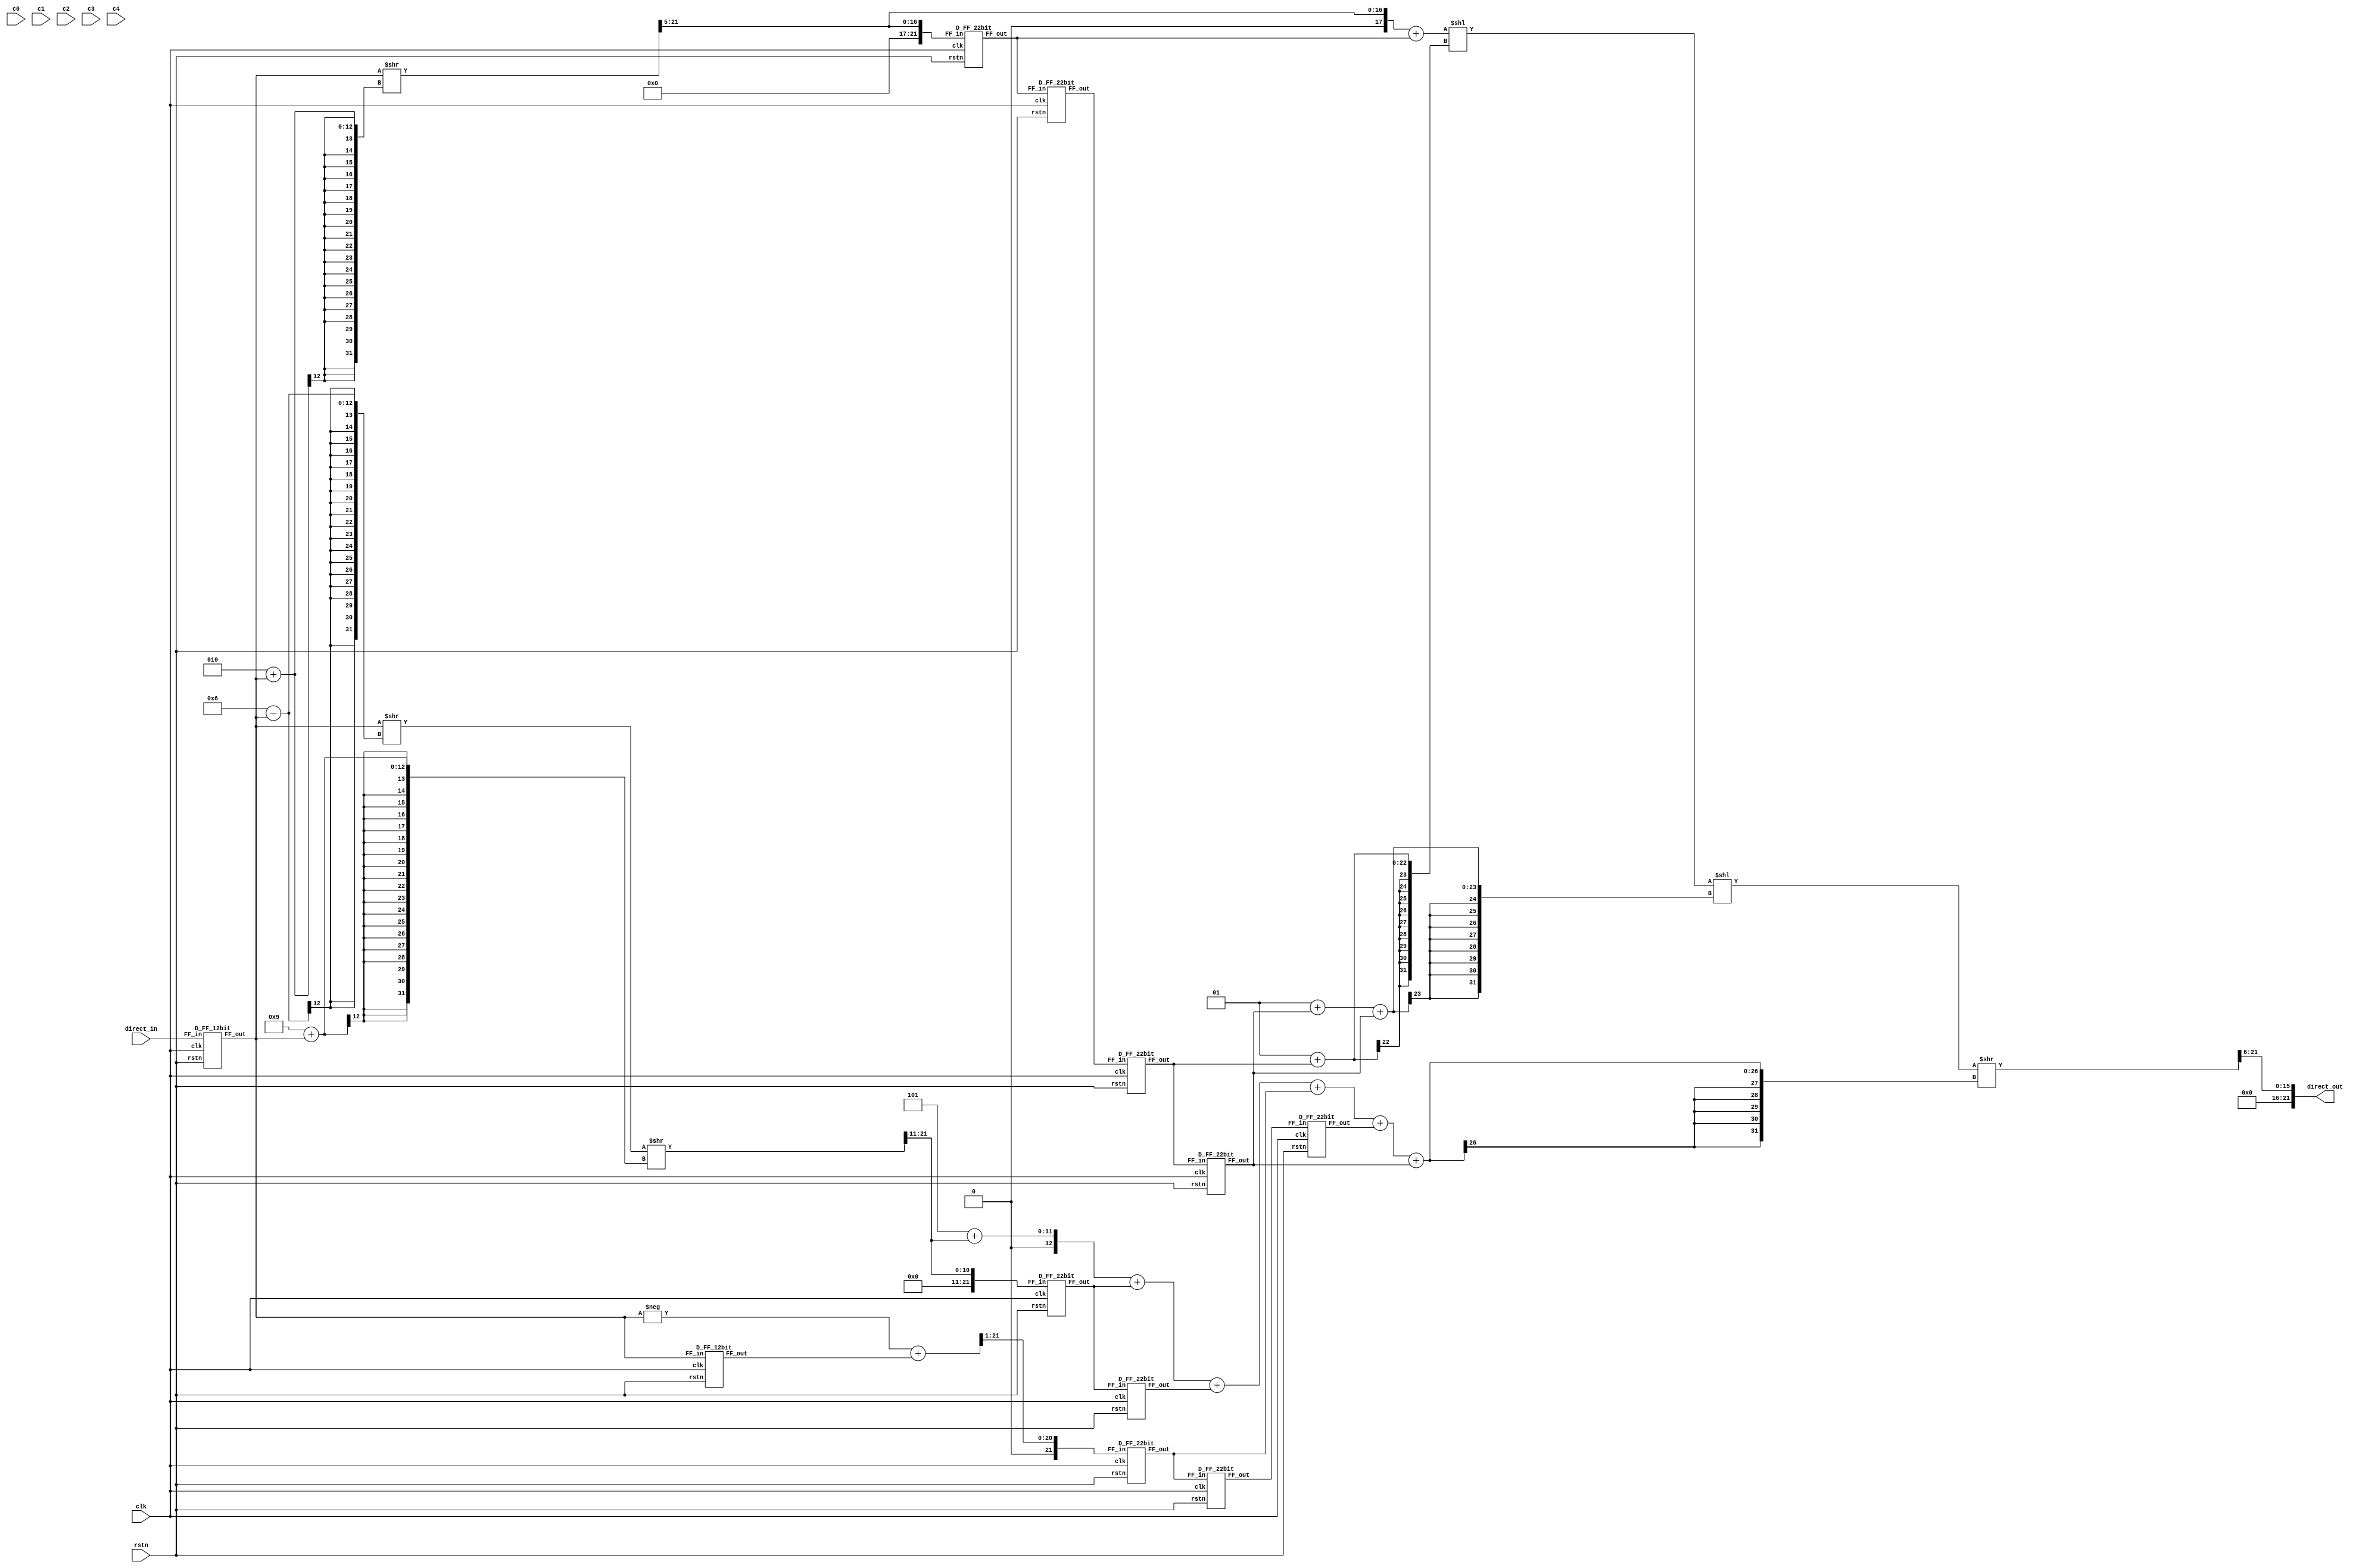
// Sub-expression Sharing in FIR Filter

module direct_filt(direct_out, direct_in, clk, rstn, c0, c1, c2, c3, c4);

    // 22.18
    output signed[22-1:0] direct_out;
    // 12.10
    input signed [12-1:0] direct_in;
    input clk, rstn;
    // 12.11
    input signed[12-1:0] c0, c1, c2, c3, c4;

    wire signed [12-1:0] x_n_1, x_n_2, x_n_3, x_n_4;
    wire signed [22-1:0] x1, x2, x3, x4;

    wire signed [22-1:0] x1_1, x1_2, x1_3, x1_4;
    wire signed [22-1:0] x2_1, x2_2, x2_3, x2_4;
    wire signed [22-1:0] x3_1, x3_2, x3_3, x3_4;

    D_FF_12bit FF01(x_n_1, direct_in, clk, rstn);
    D_FF_12bit FF02(x_n_2, x_n_1, clk, rstn);
    D_FF_12bit FF03(x_n_3, x_n_2, clk, rstn);

    assign x1 = x_n_1 >> 2 + x_n_1 >> 5;
    assign x2 = x_n_1 >> 6 - x_n_1 >> 9 + x_n_1 >> 11;
    assign x3 = -x_n_1 + x_n_2 >> 1;

    D_FF_22bit FF011(x1_1, x1, clk, rstn);
    D_FF_22bit FF012(x1_2, x1_1, clk, rstn);
    D_FF_22bit FF013(x1_3, x1_2, clk, rstn);
    D_FF_22bit FF014(x1_4, x1_3, clk, rstn);

    D_FF_22bit FF021(x2_1, x2, clk, rstn);
    D_FF_22bit FF022(x2_2, x2_1, clk, rstn);

    D_FF_22bit FF031(x3_1, x3, clk, rstn);
    D_FF_22bit FF032(x3_2, x3_1, clk, rstn);
    D_FF_22bit FF033(x3_3, x3_2, clk, rstn);

    assign direct_out = x1 + x1_1 << 1 + x1_3 << 1 + x1_4 + x1_4 >> 5 +
                    x2 + x2_1 + x2_2 + x3_1 + x3_3 + x1_4 >> 6;


    
endmodule

module D_FF_22bit (FF_out, FF_in, clk, rstn);
    output signed [22-1:0] FF_out;
    input signed [22-1:0] FF_in;
    input clk, rstn;

    reg signed [22-1:0] FF_out;

    always @ (posedge clk) begin
        if(~rstn)
            FF_out <= 1'b0;
        else 
            FF_out <= FF_in;
    end
endmodule

module D_FF_12bit (FF_out, FF_in, clk, rstn);
    output signed [12-1:0] FF_out;
    input signed [12-1:0] FF_in;
    input clk, rstn;

    reg signed [12-1:0] FF_out;

    always @ (posedge clk) begin
        if(~rstn)
            FF_out <= 1'b0;
        else 
            FF_out <= FF_in;
    end
endmodule